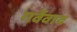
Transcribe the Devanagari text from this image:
गर्वेवाद